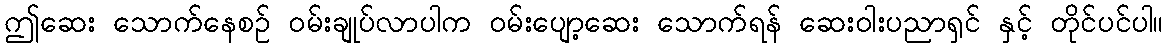
ဤဆေး သောက်နေစဉ် ဝမ်းချုပ်လာပါက ဝမ်းပျော့ဆေး သောက်ရန် ဆေးဝါးပညာရှင် နှင့် တိုင်ပင်ပါ။